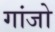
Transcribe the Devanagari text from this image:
गांजो